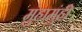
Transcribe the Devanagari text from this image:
मुंहामुंही